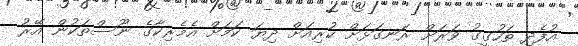
އުފެދި ތަހުގީގު ވަރަށް ރަނގަޅަށް ކުރިއަށް ދިޔަ ކަމަށް އެމެރިކާގެ ނޫސްތަކުން އޭރު